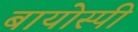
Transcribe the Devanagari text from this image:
बायोस्पी